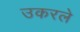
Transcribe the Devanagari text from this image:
उकरले